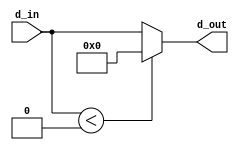
`timescale 1ns / 1ps
//////////////////////////////////////////////////////////////////////////////////
// Company: 
// Engineer: 
// 
// Design Name: 
// Module Name: ReLU
// Project Name: 
// Target Devices: 
// Tool Versions: 
// Description: 
// 
// Dependencies: 
// 
// Revision:
// Revision 0.01 - File Created
// Additional Comments:
// 
//////////////////////////////////////////////////////////////////////////////////


module ReLU(d_in, d_out);

parameter c = 10;
input signed [c-1:0] d_in;
output [c-1:0] d_out;

assign d_out = (d_in < 0) ? 0 : d_in;
endmodule